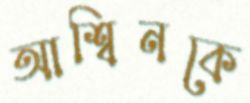
আশ্বিনকে